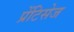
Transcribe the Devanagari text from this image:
प्रेंटिसेज